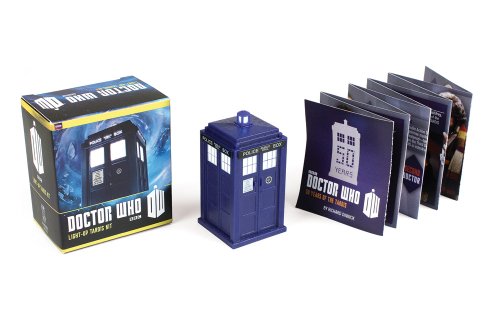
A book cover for Doctor Who: Light-Up Tardis Kit; Richard Dinnick; Humor & Entertainment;